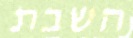
השבת